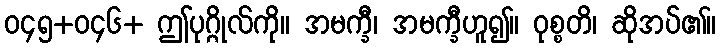
ဝ၄၅+ဝ၄၆+ ဤပုဂ္ဂိုလ်ကို။ အမက္ခီ၊ အမက္ခီဟူ၍။ ဝုစ္စတိ၊ ဆိုအပ်၏။